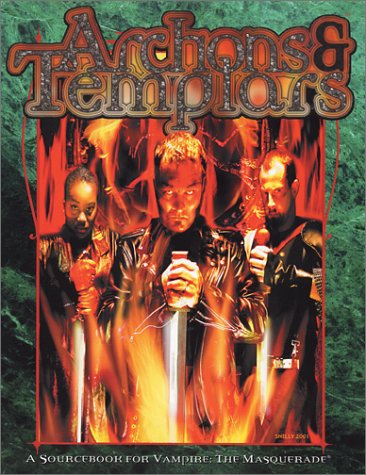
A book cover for Archons & Templars (Vampire: The Masquerade); Ari Marmell; Science Fiction & Fantasy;